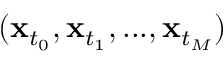
( \mathbf { x } _ { t _ { 0 } } , \mathbf { x } _ { t _ { 1 } } , . . . , \mathbf { x } _ { t _ { M } } )